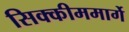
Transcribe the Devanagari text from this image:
सिक्कीममार्गे